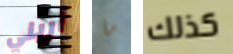
أريني ما كذلك